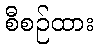
စီစဉ်ထား